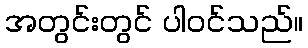
အတွင်းတွင် ပါဝင်သည်။